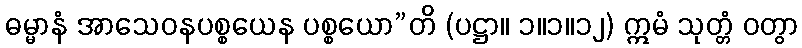
ဓမ္မာနံ အာသေဝနပစ္စယေန ပစ္စယော”တိ (ပဋ္ဌာ။ ၁။၁။၁၂) ဣမံ သုတ္တံ ဝတွာ